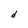
Character: d